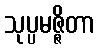
သုပ္ပမဇ္ဇိတာ